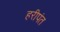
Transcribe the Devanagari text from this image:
हरीपंत